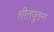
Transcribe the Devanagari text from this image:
शीतपूतना